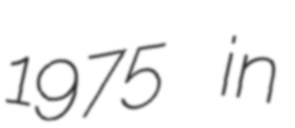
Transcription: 1975 in